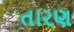
તારણ